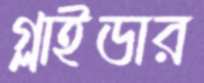
গ্লাইডার